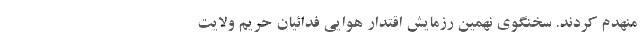
منهدم کردند. سخنگوی نهمین رزمایش اقتدار هوایی فدائیان حریم ولایت